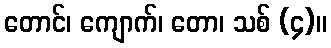
တောင်၊ ကျောက်၊ တော၊ သစ် (၄)။